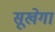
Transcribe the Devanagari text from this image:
सूखेगा